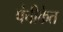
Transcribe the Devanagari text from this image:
पंचीकेत